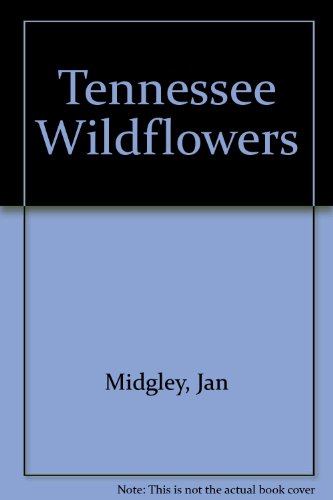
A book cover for All About Tennessee Wildflowers; Jan Midgley; Crafts, Hobbies & Home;